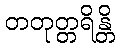
တတုတ္တရိန္တိ